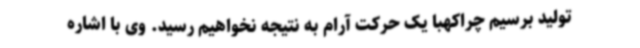
تولید برسیم چراکهبا یک حرکت آرام به نتیجه نخواهیم رسید. وی با اشاره